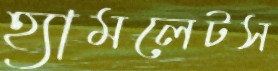
হ্যামলেটস